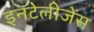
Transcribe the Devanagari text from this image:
इनटेलीजेंस